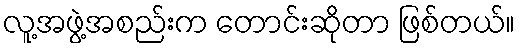
လူ့အဖွဲ့အစည်းက တောင်းဆိုတာ ဖြစ်တယ်။